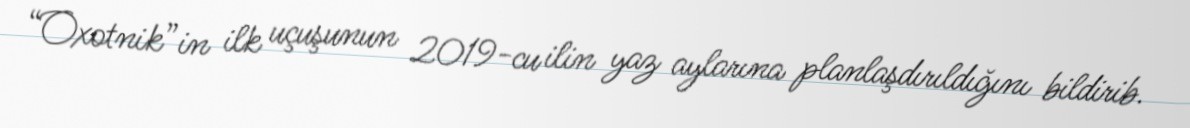
“Oxotnik”in ilk uçuşunun 2019-cu ilin yaz aylarına planlaşdırıldığını bildirib.